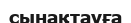
сынақтауға